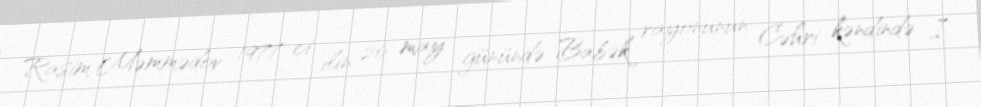
Rasim Məmmədov 1977-ci ilin 20 may günündə Babək rayonunun Cəhri kəndində I